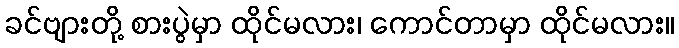
ခင်ဗျားတို့ စားပွဲမှာ ထိုင်မလား၊ ကောင်တာမှာ ထိုင်မလား။